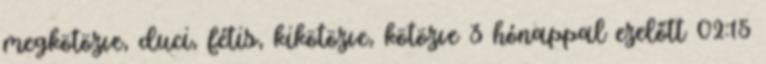
megkötözve, duci, fétis, kikötözve, kötözve 3 hónappal ezelőtt 02:15